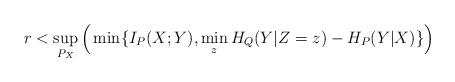
LaTeX: \begin{align*}r < \sup_{P_X} \Big(\min \{I_P(X;Y), \min_z H_Q(Y|Z=z) -H_P(Y|X) \}\Big) \end{align*}